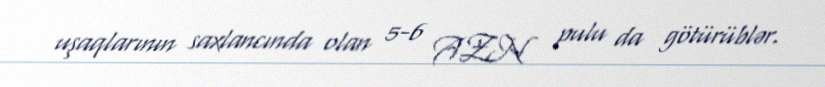
uşaqlarının saxlancında olan 5-6 AZN pulu da götürüblər.